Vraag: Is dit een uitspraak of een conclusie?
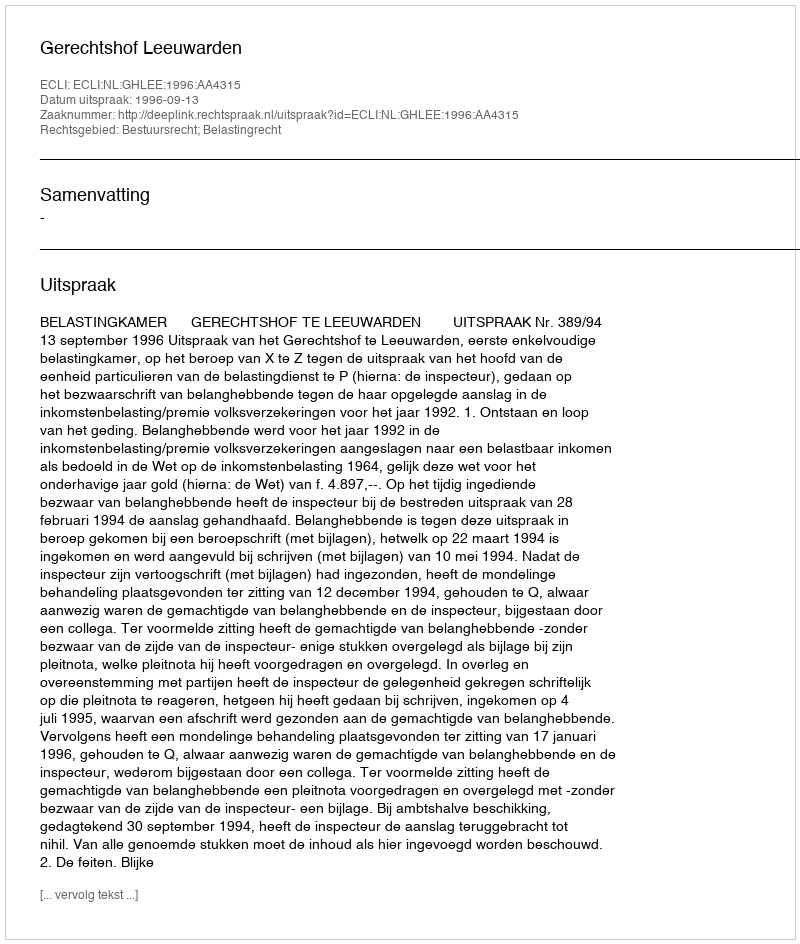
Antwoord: Uitspraak